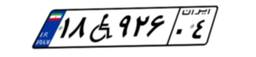
۱۸W۹۲۶۰۴